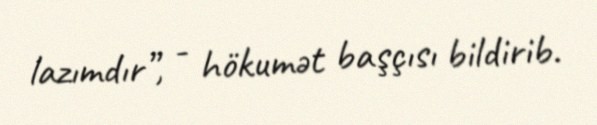
lazımdır”, - hökumət başçısı bildirib.